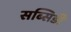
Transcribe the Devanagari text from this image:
सब्सिडी